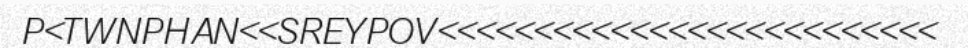
P<TWNPHAN<<SREYPOV<<<<<<<<<<<<<<<<<<<<<<<<<<